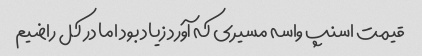
قیمت اسنپ واسه مسیری که آورد زیاد بود اما در کل راضیم